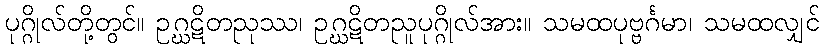
ပုဂ္ဂိုလ်တို့တွင်။ ဥဂ္ဃဋိတညုဿ၊ ဥဂ္ဃဋိတညူပုဂ္ဂိုလ်အား။ သမထပုဗ္ဗင်္ဂမာ၊ သမထလျှင်